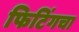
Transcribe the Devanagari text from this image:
फिटिंगचा